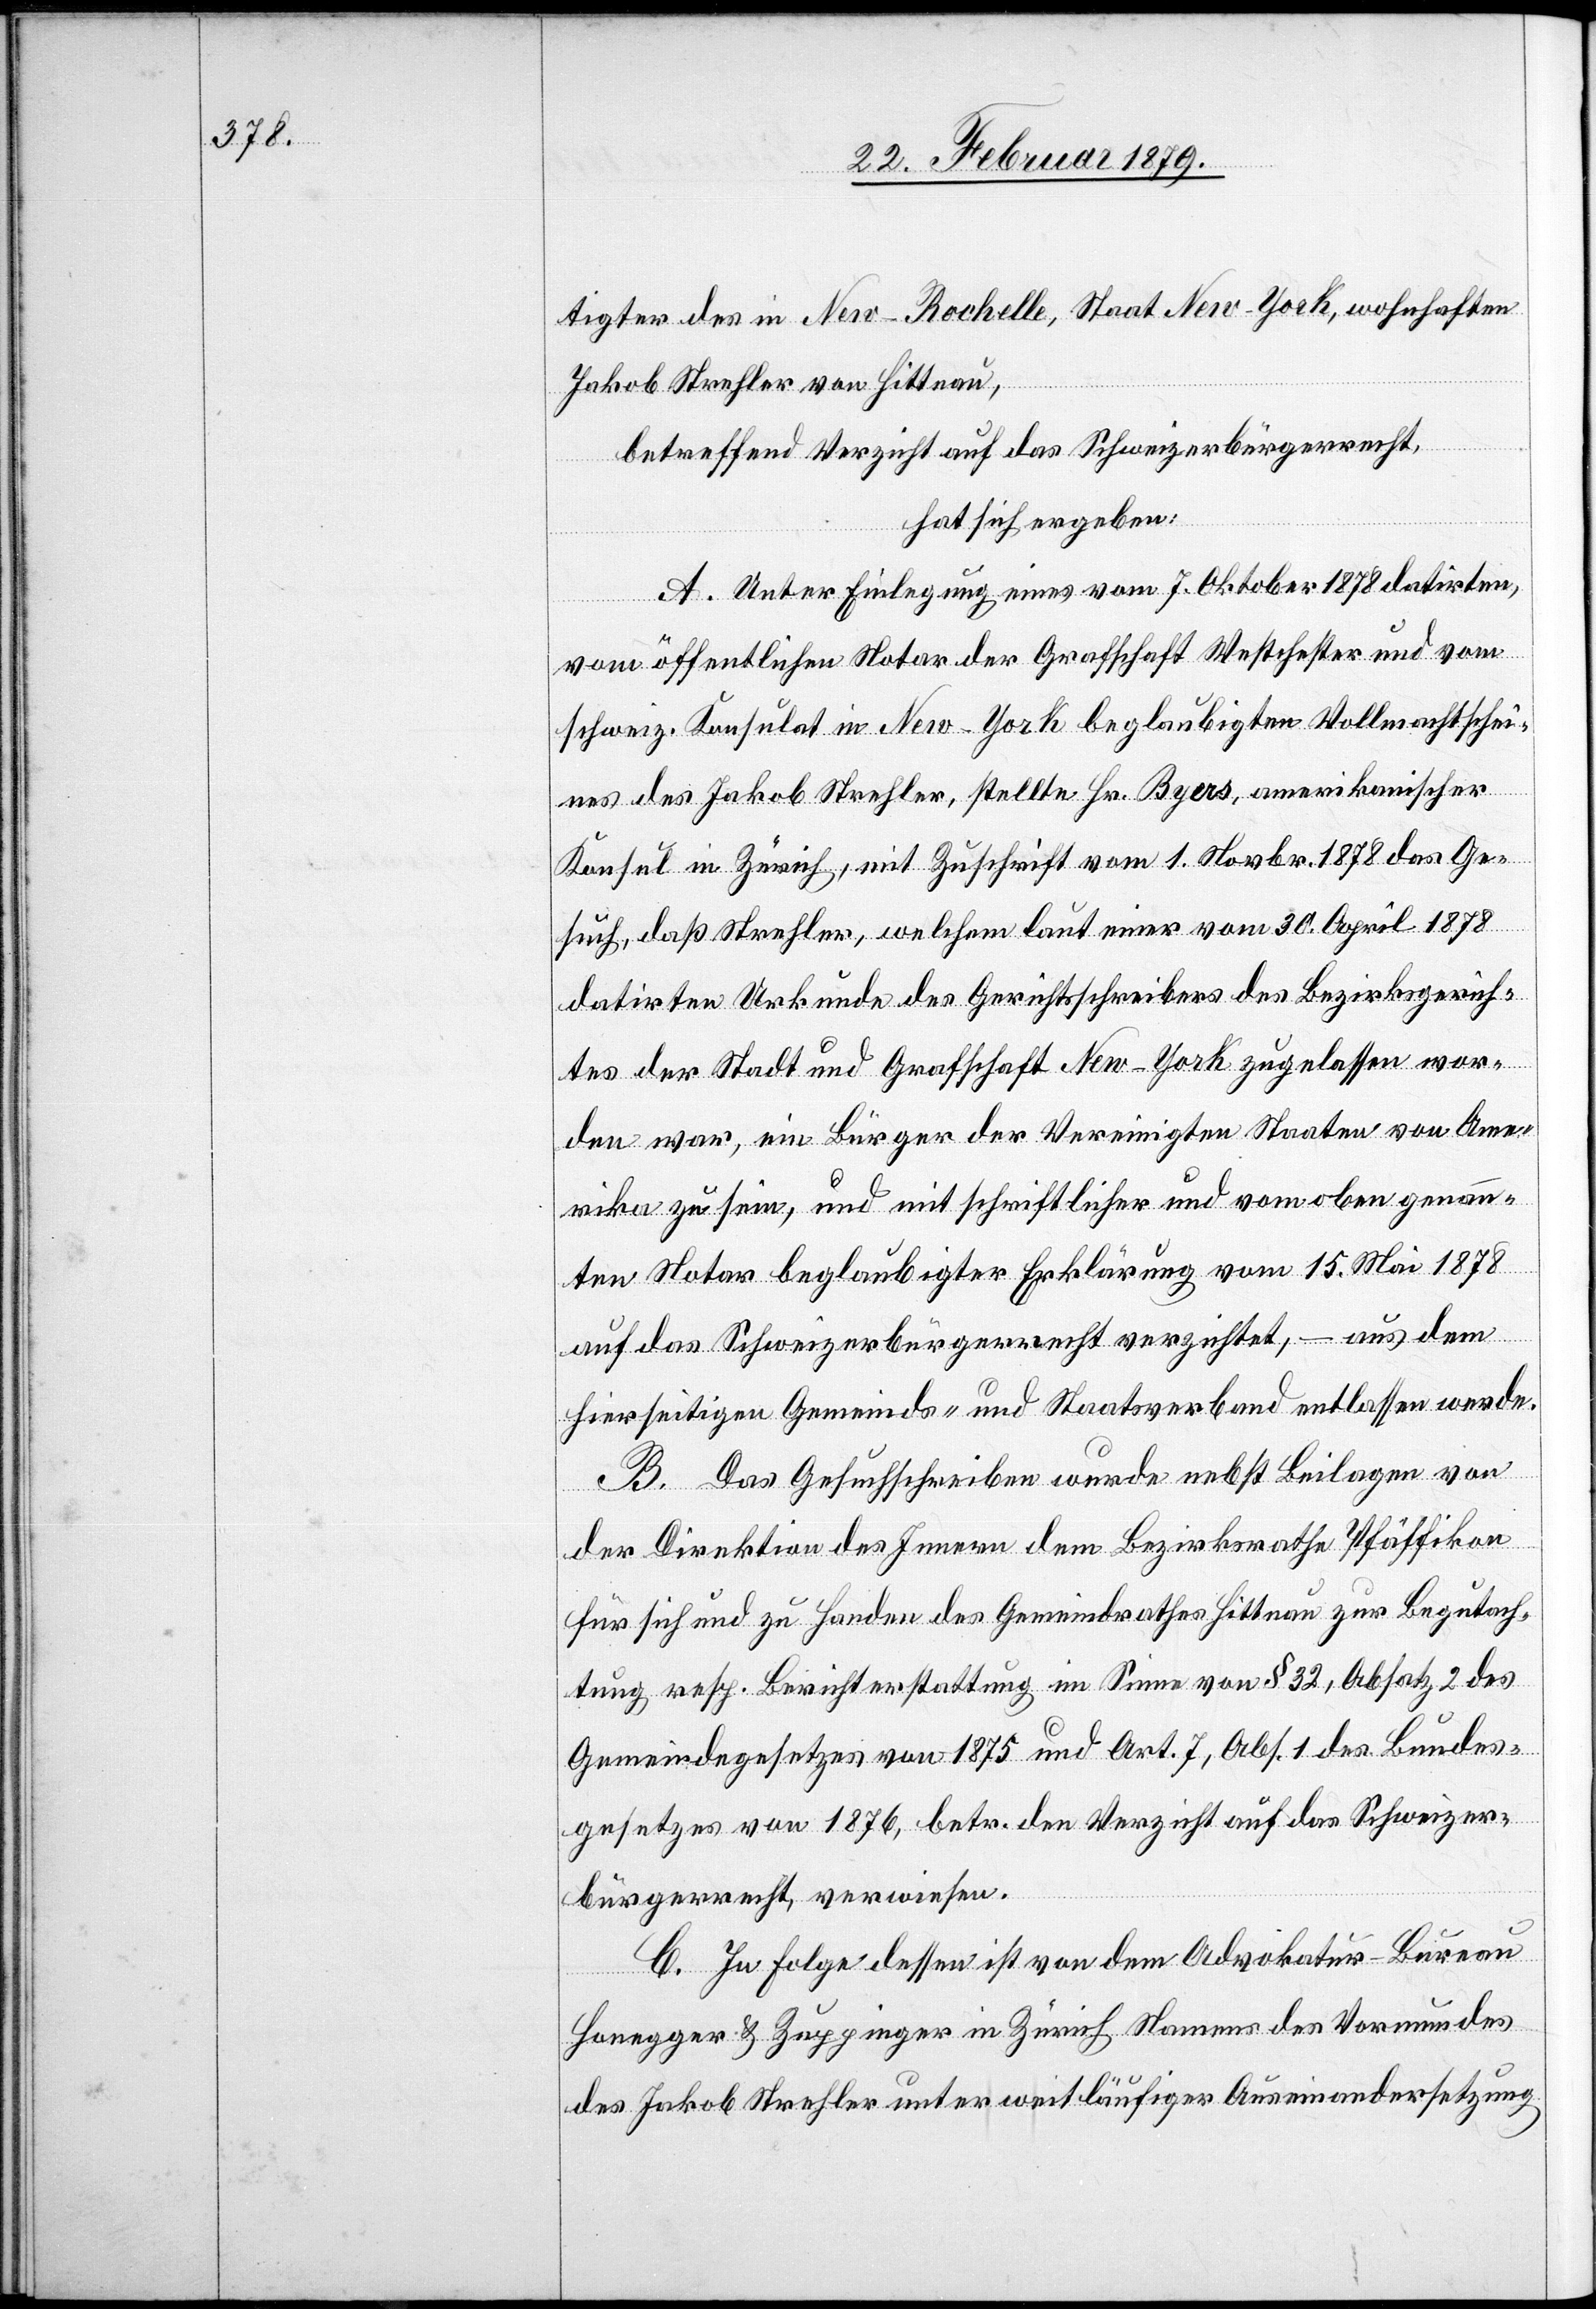
tigter des in New-Rochelle, Staat New-York, wohnhaften
Jakob Strehler von Hittnau,
betreffend Verzicht auf das Schweizerbürgerrecht,
hat sich ergeben:
A. Unter Einlegung eines vom 7. Oktober 1878 datirten,
vom öffentlichen Notar der Grafschaft Westchester und vom
schweiz. Konsul in New-York beglaubigten Vollmachtschei¬
nes des Jakob Strehler, stellte Hr. Byers, amerikanischer
Konsul in Zürich, mit Zuschrift vom 1. Novbr. 1878 das Ge¬
such, daß Strehler, welchem laut einer vom 30. April 1878
datirten Urkunde des Gerichtsschreibers des Bezirksgerich¬
tes der Stadt und Grafschaft New-York zugelassen wor¬
den war, ein Bürger der Vereinigten Staaten von Ame¬
rika zu sein, und mit schriftlicher und vom oben genann¬
ten Notar beglaubigter Erklärung vom 15. Mai 1878
auf das Schweizerbürgerrecht verzichtet, – aus dem
hierseitigen Gemeinds- und Staatsverband entlassen werde.
B. Das Gesuchschreiben wurde nebst Beilagen von
der Direktion des Innern dem Bezirksrathe Pfäffikon
für sich und zu Handen des Gemeindrathes Hittnau zur Begutach¬
tung resp. Berichterstattung im Sinne von § 32, Abs. 2 des
Gemeindegesetzes von 1875 und Art. 7, Abs. 1 des Bundes¬
gesetzes von 1876, betr. den Verzicht auf das Schweizer¬
bürgerrecht, verwiesen.
C. In Folge dessen ist von dem Advokatur-Bureau
Honegger & Zuppinger in Zürich Namens des Vormundes
des Jakob Strehler unter weitläufiger Auseinandersetzung